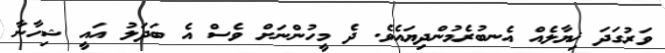
ވަރުގަދަ ޚިޔާލެއް އެނބުރެމުންދިޔައެވެ. ދެ މީހުންނަށް ވެސް އެ ބަދަލު އައީ ޝިހާނާ